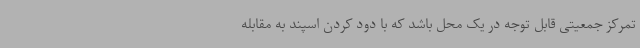
تمرکز جمعیتی قابل توجه در یک محل باشد که با دود کردن اسپند به مقابله